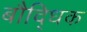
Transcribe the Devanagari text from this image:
बौदि्धक